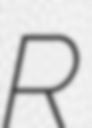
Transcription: R